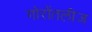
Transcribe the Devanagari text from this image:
गोरोंतलीज